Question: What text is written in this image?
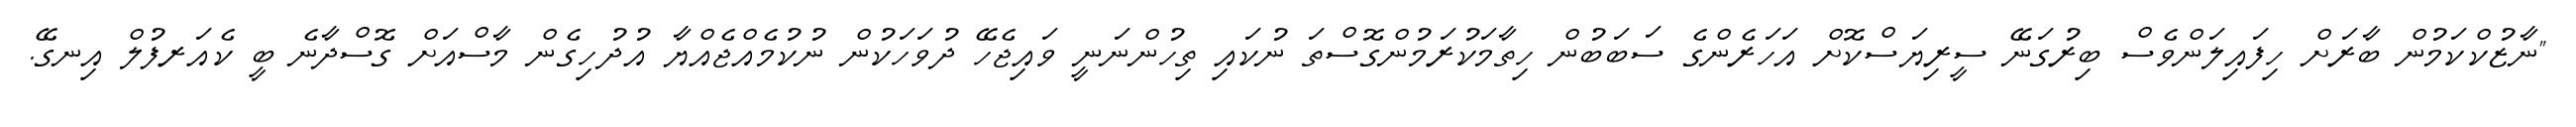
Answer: "ނާޒުކްކަމުން ބާރަށް ހިފައިލަންވެސް ބިރުގަނޭ ސީރިޔަސްކޮށް އަހަރެންގެ ސަބަބުން ހިތާމަކުރަމުންގޮސްތަ ނުކައި ތިހުންނަނީ ވައިޖެހޭ ދުވަހަކުން ނުކުމެއްޖެއްޔާ އުދުހިގެން މާސްއަށް ގޮސްދާނެ ބީ ކެއަރފުލް އިނގޭ.